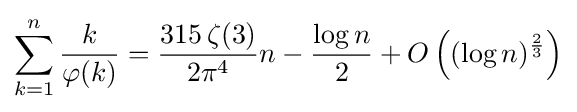
\sum _{k=1}^{n}{\frac {k}{\varphi (k)}}={\frac {315\,\zeta (3)}{2\pi ^{4}}}n-{\frac {\log n}{2}}+O\left((\log n)^{\frac {2}{3}}\right)